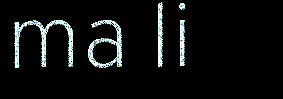
ma li